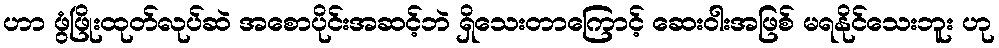
ဟာ ဖွံဖြိုးထုတ်လုပ်ဆဲ အစောပိုင်းအဆင့်ဘဲ ရှိသေးတာကြောင့် ဆေးဝါးအဖြစ် မရနိုင်သေးဘူး ဟု